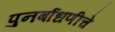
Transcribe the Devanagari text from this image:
पुनर्बाधणीचे